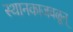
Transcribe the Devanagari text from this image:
स्थानकाजवळून्